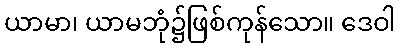
ယာမာ၊ ယာမဘုံ၌ဖြစ်ကုန်သော။ ဒေဝါ